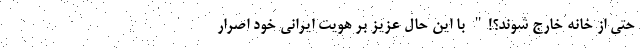
حتی از خانه خارج شوند؟!" با این حال عزیز بر هویت ایرانی خود اصرار